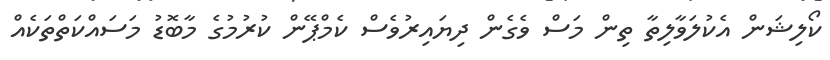
ކޯލިޝަން އެކުލަވާލިތާ ތިން މަސް ވެގެން ދިޔައިރުވެސް ކެމްޕޭން ކުރުމުގެ މާބޮޑު މަސައްކަތްތަކެއް